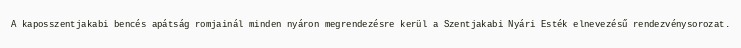
A kaposszentjakabi bencés apátság romjainál minden nyáron megrendezésre kerül a Szentjakabi Nyári Esték elnevezésű rendezvénysorozat.